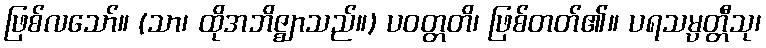
ဖြစ်လသော်။ (သာ၊ ထိုအဘိဇ္ဈာသည်။) ပဝတ္တတိ၊ ဖြစ်တတ်၏။ ပရသမ္ပတ္တီသု၊